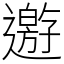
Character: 𨘋